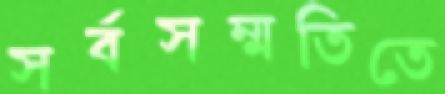
সর্বসম্মতিতে